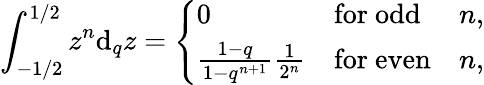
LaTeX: \int_{-1/2}^{1/2}z^{n}\mathrm{d}_{q}z=\left\{ \begin{array}{lll}{{0}}&{{\mathrm{for~odd}}}&{{n,}}\\ {{\frac{1-q}{1-q^{n+1}}\frac{1}{2^{n}}}}&{{\mathrm{for~even}}}&{{n,}}\end{array}\right.